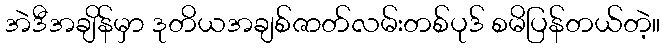
အဲဒီအချိန်မှာ ဒုတိယအချစ်ဇာတ်လမ်းတစ်ပုဒ် စမိပြန်တယ်တဲ့။